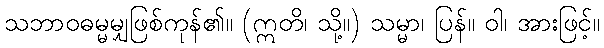
သဘာဝဓမ္မမျှဖြစ်ကုန်၏။ (ဣတိ၊ သို့။) သမ္မာ၊ ပြန်။ ဝါ၊ အားဖြင့်။